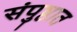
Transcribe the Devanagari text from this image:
संपुष्ठात